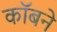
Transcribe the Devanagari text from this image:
कॉबने